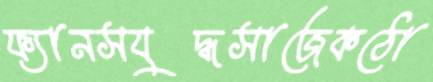
ফ্যানসযুদ্ধসাজেকঠো